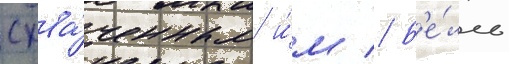
схва́ченным и́м // Б'е́лль